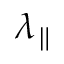
\lambda _ { \parallel }